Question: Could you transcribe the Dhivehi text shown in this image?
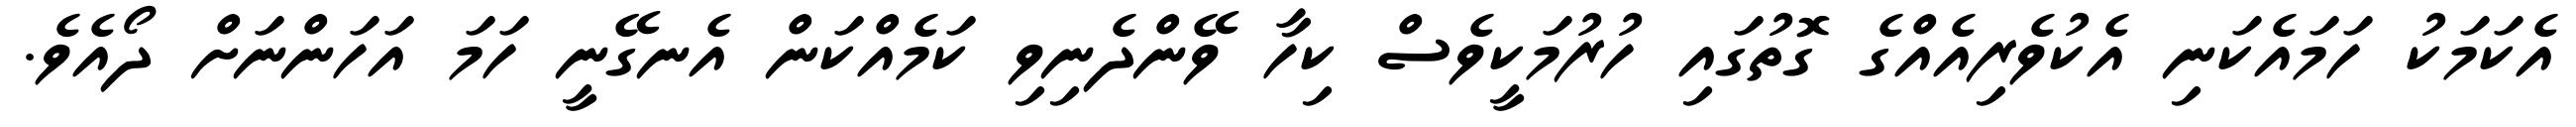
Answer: އެކަމަކު ހަމައެކަނި އެކުވެރިއެއްގެ ގޮތުގައި ހުރުމަކީވެސް ކިހާ ވޭންދެނިވި ކަމެއްކަން އެނގޭނީ ހަމަ އަހަންނަށް ދޯއެވެ.